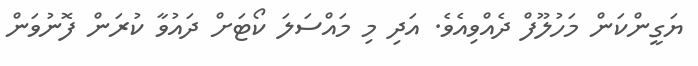
ޔަގީންކަން މަހުލޫފް ދެއްވިއެވެ. އަދި މި މައްސަލަ ކޯޓަށް ދައުވާ ކުރަން ފޮނުވަން